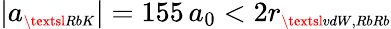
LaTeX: |a_{\scriptscriptstyle\textsl{RbK}}|=155\, a_{0}<2r_{\scriptscriptstyle\textsl{vdW,RbRb}}